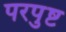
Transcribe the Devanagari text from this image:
परपुष्ट